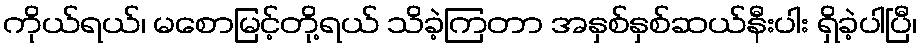
ကိုယ်ရယ်၊ မစောမြင့်တို့ရယ် သိခဲ့ကြတာ အနှစ်နှစ်ဆယ်နီးပါး ရှိခဲ့ပါပြီ၊